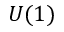
U ( 1 )